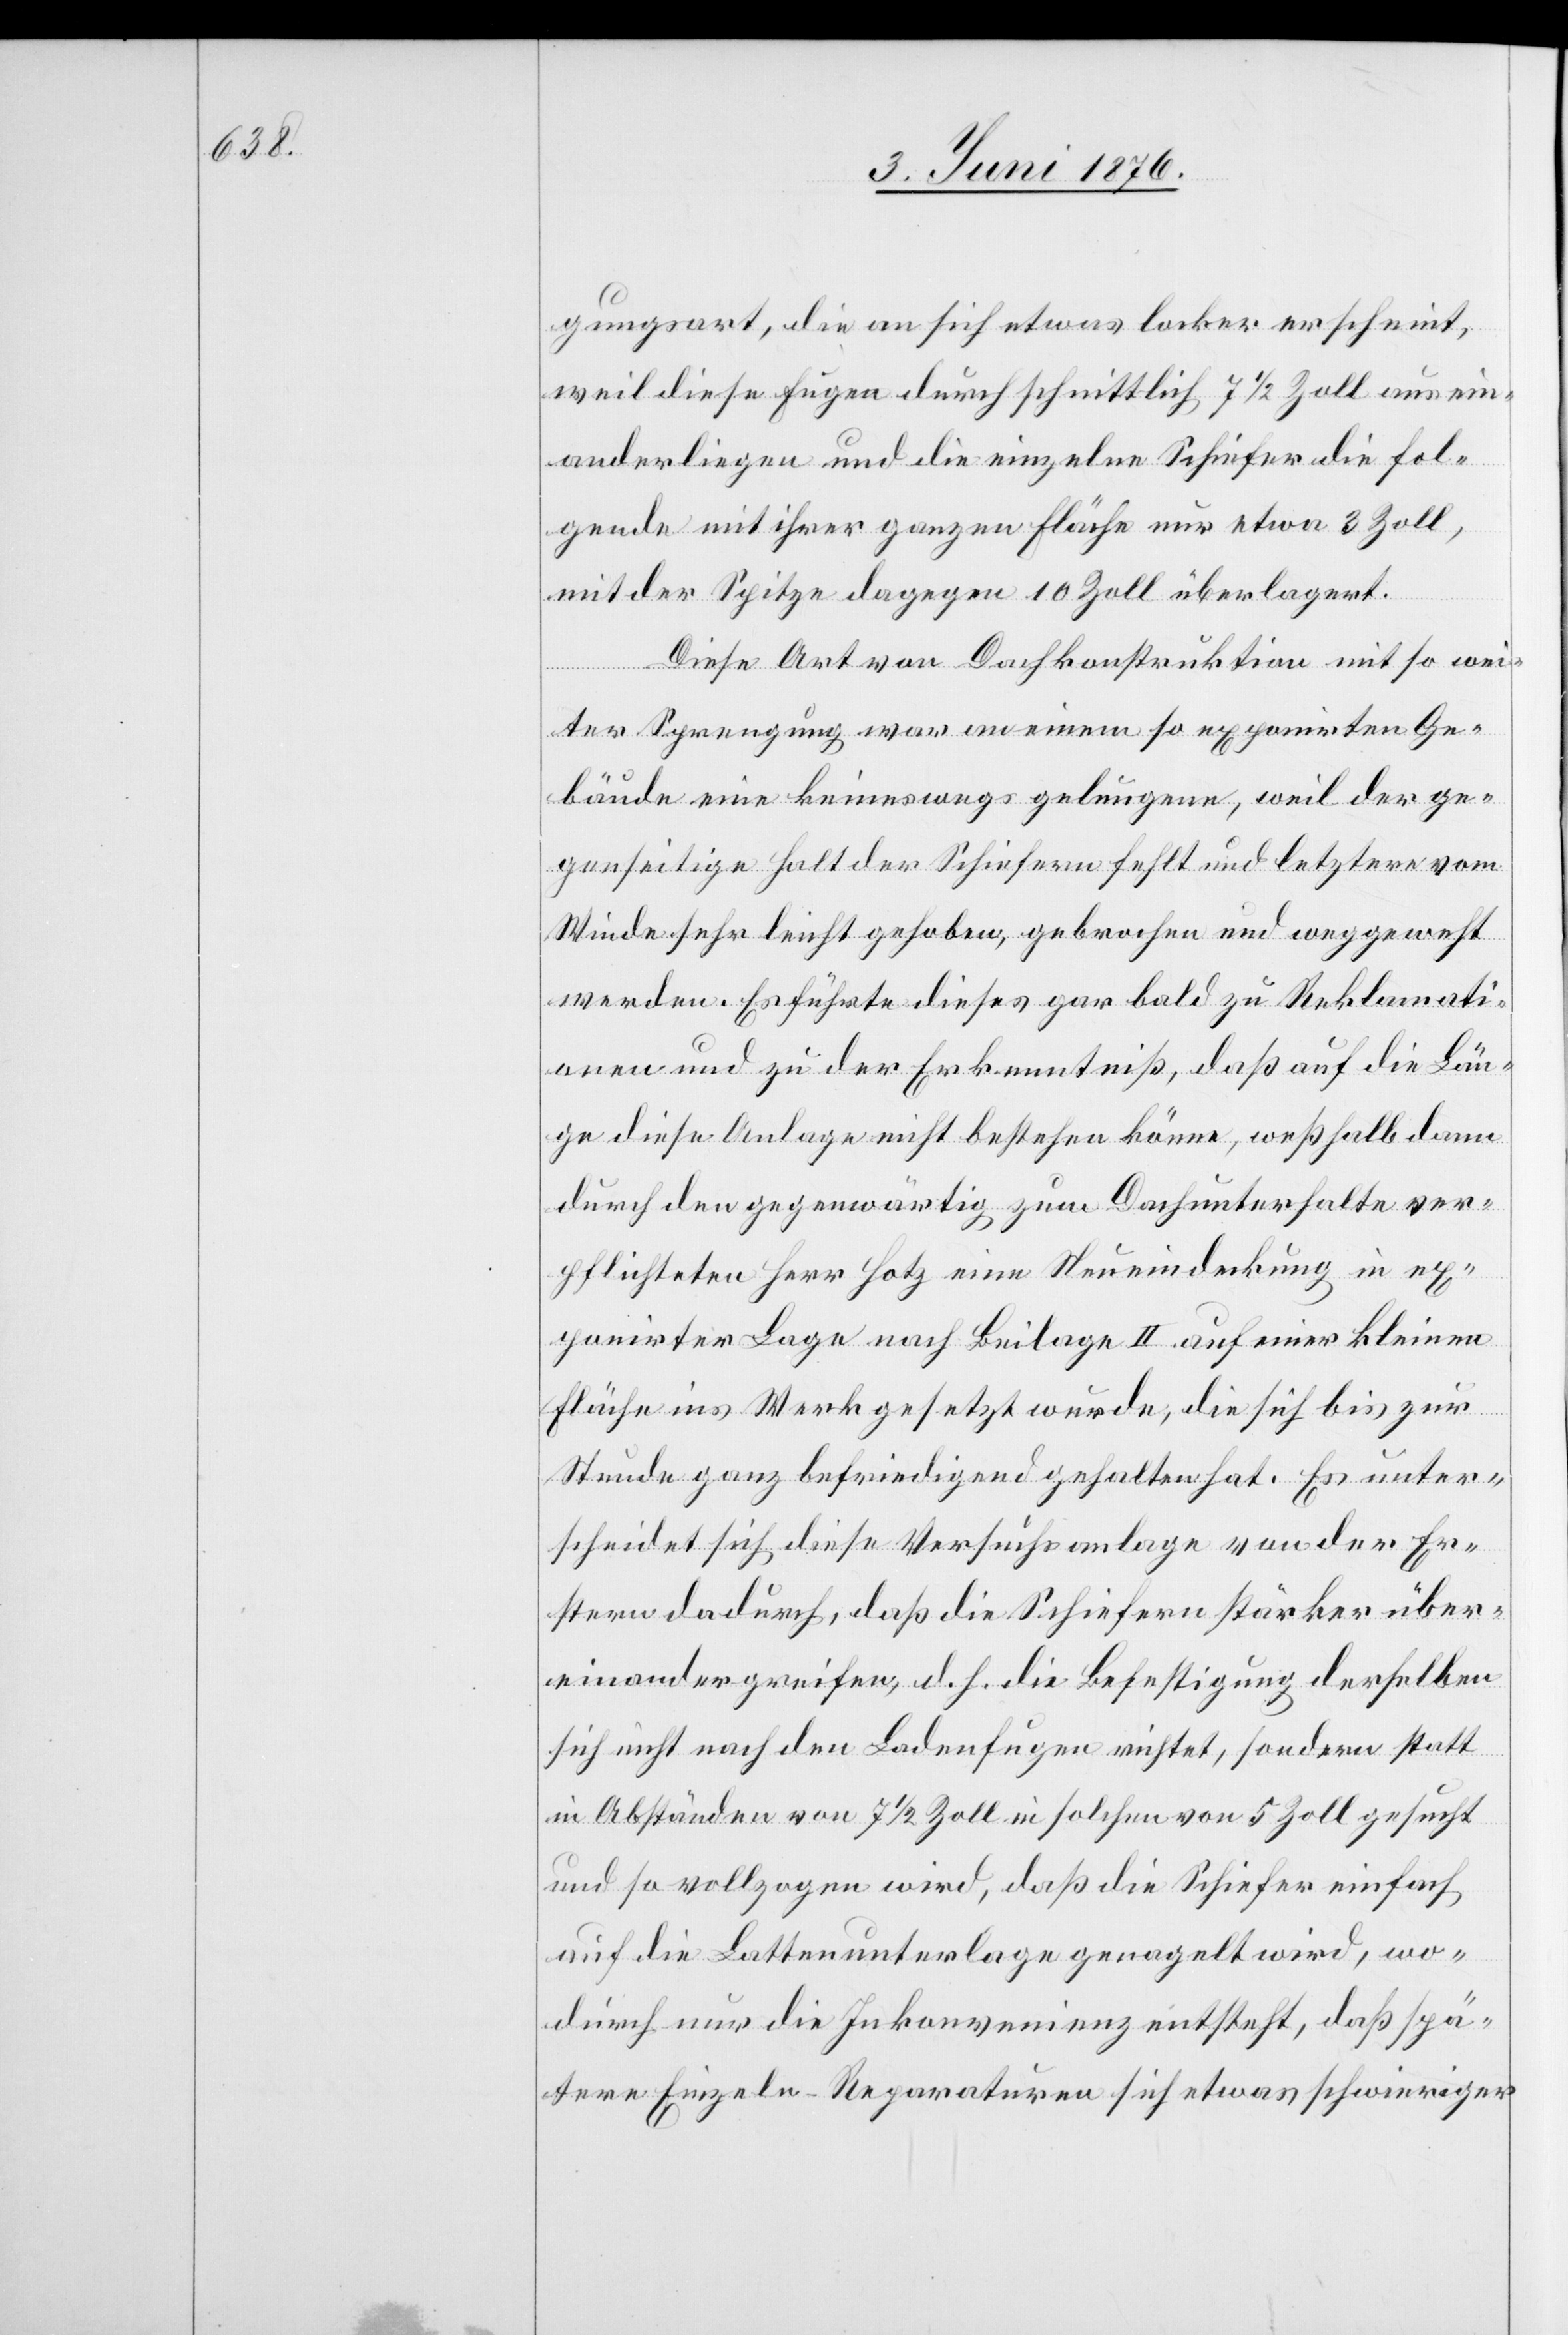
gungsart, die an sich etwas locker erscheint,
weil diese Fugen durchschnittlich 7 1/2 Zoll ausein¬
anderliegen und die einzelnen Schiefer die fol¬
gende mit ihrer ganzen Fläche nur etwa 3 Zoll,
mit der Spitze dagegen 10 Zoll überlagert.
Diese Art von Dachkonstruktion mit so wei¬
ter Sprengung war an einem so exponirten Ge¬
bäude eine keineswegs gelungene, weil der ge¬
genseitige Halt der Schiefern fehlt und letztere vom
Winde sehr leicht gehoben, gebrochen und weggeweht
werden. Es führte dieses gar bald zu Reklamati¬
onen und zu der Erkenntnis, daß auf die Län¬
ge diese Anlage nicht bestehen könne, weßhalb dann
durch den gegenwärtig zum Dachunterhalte ver¬
pflichteten Herr Hotz eine Neueindeckung in ex¬
ponirter Lage nach Beilage II auf einer kleinen
Fläche ins Werk gesetzt wurde, die sich bis zur
Stunde befriedigend gehalten hat. Es unter¬
scheidet sich diese Versuchsanlage von der Er¬
sten dadurch, daß die Schiefern stärker über¬
einandergreifen, d. h. die Befestigung derselben
sich nicht nach den Ladenfugen richtet, sondern statt
in Abständen von 7 1/2 Zoll in solchen von 5 Zoll gesucht
und so vollzogen wird, daß die Schiefer einfach
auf die Lattenunterlage genagelt wird, wo¬
durch nur die Inkonvenienz entsteht, daß spä¬
tere Einzeln-Reparaturen sich etwas schwieriger